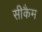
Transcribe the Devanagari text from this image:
सीकैम